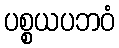
ပစ္စယပဘဝံ